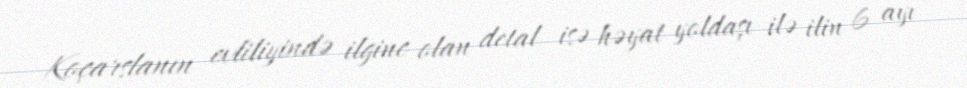
Koçarslanın evliliyində ilginc olan detal isə həyat yoldaşı ilə ilin 6 ayı